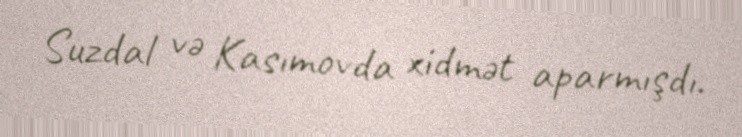
Suzdal və Kasımovda xidmət aparmışdı.